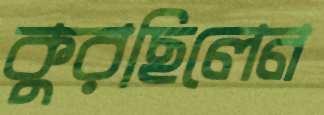
কুরছিলেন